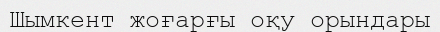
Шымкент жоғарғы оқу орындары